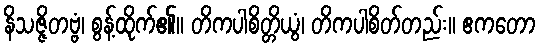
နိသဇ္ဇိတဗ္ဗံ၊ စွန့်ထိုက်၏။ တိကပါစိတ္တိယွံ၊ တိကပါစိတ်တည်း။ ဧကတော